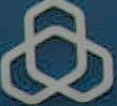
ه